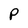
Character: P